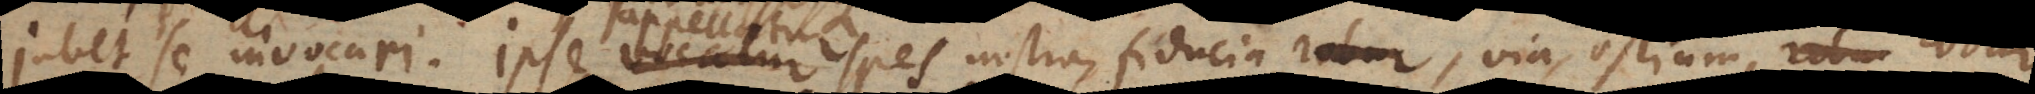
jubet se invocari. Ipse vocatur spes nostra, fiducia, robur, via, ostium, rob